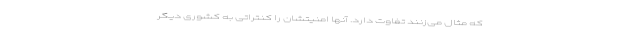
که مثال می‌زنند تفاوت دارد. آنها امنیتشان را کنتراتی به کشوری دیگر